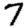
Digit: 7